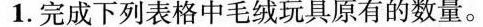
1.完成下列表格中毛绒玩具原有的数量。